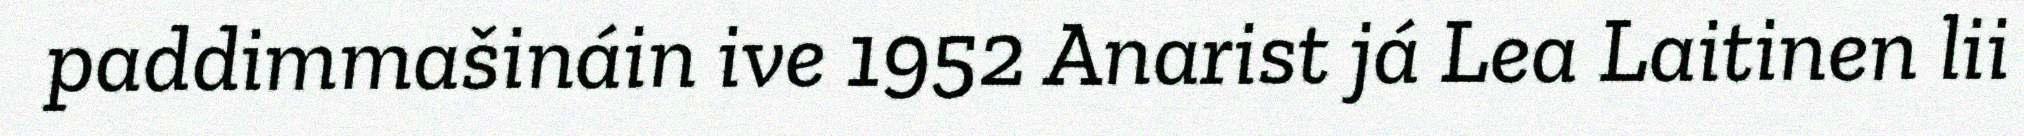
paddimmašináin ive 1952 Anarist já Lea Laitinen lii